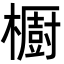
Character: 櫉